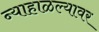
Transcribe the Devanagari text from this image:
न्याहाळल्यावर